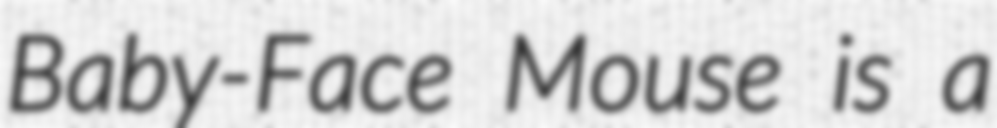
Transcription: Baby-Face Mouse is a